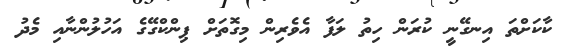
ކާކަށްތަ އިނގޭނީ ކުރަން ހިތު ލަފާ އެވެރިން މިގޮތަށް ޕިންކްގޭގެ އަހުލުންނާއި މެދު